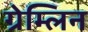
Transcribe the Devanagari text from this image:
ग्रेम्लिन